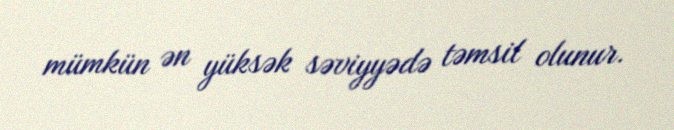
mümkün ən yüksək səviyyədə təmsil olunur.